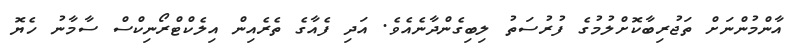
އާންމުންނަށް ތަޖުރިބާކޮށްލުމުގެ ފުރުސަތު ލިބިގެންދާނެއެވެ. އަދި ފެއާގެ ތެރެއިން އިލެކްޓްރޯނިކްސް ސާމާނު ހެޔޮ